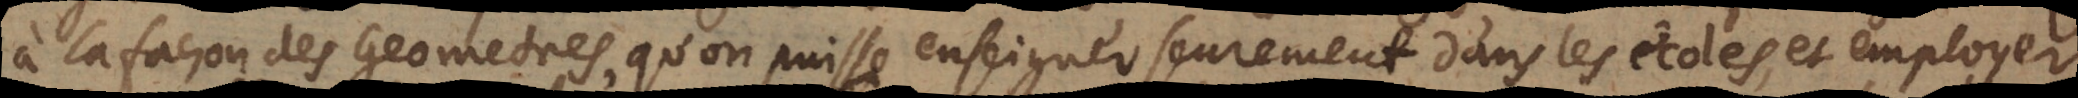
à la façon des Geometres, qu’on puisse enseigner seurement dans les écoles, et employer